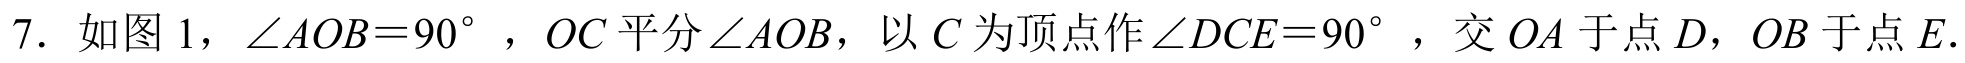
7. 如图1，$\angle AOB = 90^{\circ}$，$OC$平分$\angle AOB$，以$C$为顶点作$\angle DCE = 90^{\circ}$，交$OA$于点$D$，$OB$于点$E$.